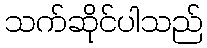
သက်ဆိုင်ပါသည်